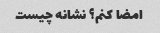
امضا کنم؟ نشانه چیست